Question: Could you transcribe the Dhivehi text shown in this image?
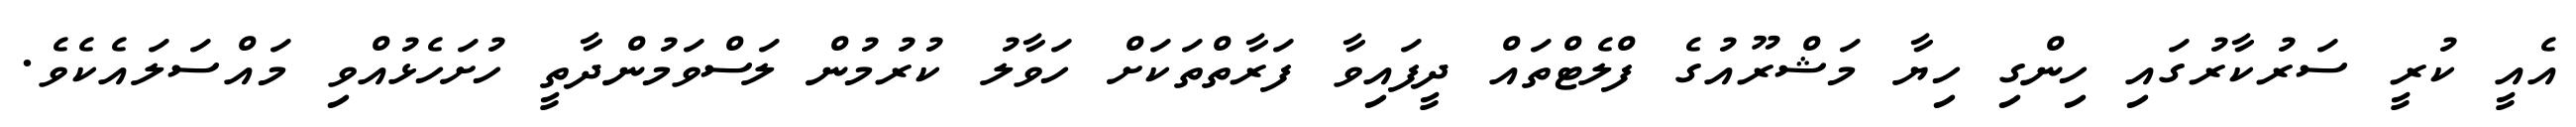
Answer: އެއީ ކުރީ ސަރުކާރުގައި ހިންގި ހިޔާ މަޝްރޫއުގެ ފްލެޓްތައް ދީފައިވާ ފަރާތްތަކަށް ހަވާލު ކުރުމުން ލަސްވަމުންދާތީ ހުށަހެޅުއްވި މައްސަލައެކެވެ.